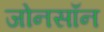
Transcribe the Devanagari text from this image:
जोनसॉन